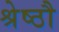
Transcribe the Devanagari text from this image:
श्रेष्ठौ